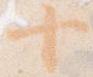
十